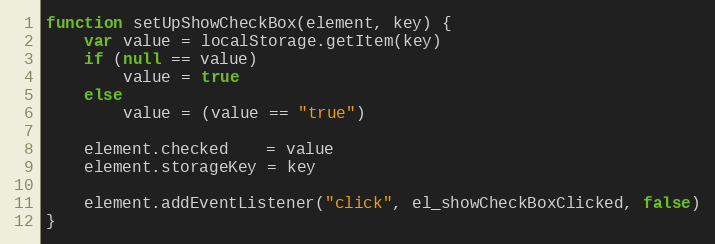
Language: JavaScript
function setUpShowCheckBox(element, key) {
    var value = localStorage.getItem(key)
    if (null == value)
        value = true
    else
        value = (value == "true")

    element.checked    = value
    element.storageKey = key

    element.addEventListener("click", el_showCheckBoxClicked, false)
}